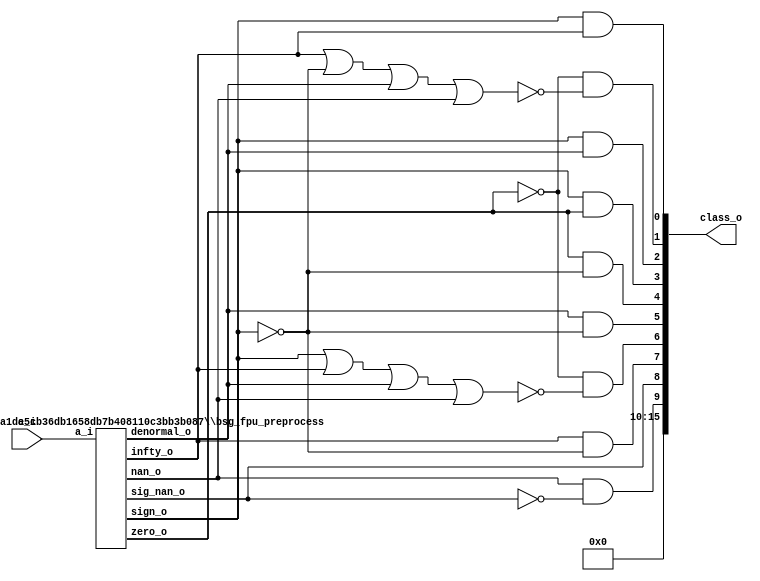
// This program was cloned from: https://github.com/chipsalliance/UHDM-integration-tests
// License: Apache License 2.0

/* Generated by Yosys 0.27+9 (git sha1 101d19bb6, gcc 11.2.0-7ubuntu2 -fPIC -Os) */


module \$paramod$05fcaba1de5cb36db1658db7b408110c3bb3b087\bsg_fpu_preprocess (a_i, zero_o, nan_o, sig_nan_o, infty_o, exp_zero_o, man_zero_o, denormal_o, sign_o, exp_o, man_o);
  wire _00_;
  wire _01_;
  wire _02_;
  wire _03_;
  wire _04_;
  wire _05_;
  wire _06_;
  wire _07_;
  wire _08_;
  wire _09_;
  wire _10_;
  wire _11_;
  wire _12_;
  wire _13_;
  wire _14_;
  wire _15_;
  wire _16_;
  
  input [15:0] a_i;
  wire [15:0] a_i;
  
  output denormal_o;
  wire denormal_o;
  
  output [4:0] exp_o;
  wire [4:0] exp_o;
  
  wire exp_zero;
  
  output exp_zero_o;
  wire exp_zero_o;
  
  output infty_o;
  wire infty_o;
  
  output [9:0] man_o;
  wire [9:0] man_o;
  
  output man_zero_o;
  wire man_zero_o;
  
  wire mantissa_zero;
  
  output nan_o;
  wire nan_o;
  
  output sig_nan_o;
  wire sig_nan_o;
  
  output sign_o;
  wire sign_o;
  
  output zero_o;
  wire zero_o;
  assign _00_ = ~(a_i[1] | a_i[0]);
  assign _01_ = a_i[3] | a_i[2];
  assign _02_ = _00_ & ~(_01_);
  assign _03_ = a_i[5] | a_i[4];
  assign _04_ = a_i[7] | a_i[6];
  assign _05_ = _04_ | _03_;
  assign _06_ = _02_ & ~(_05_);
  assign _07_ = a_i[9] | a_i[8];
  assign man_zero_o = _06_ & ~(_07_);
  assign _08_ = ~a_i[14];
  assign _09_ = a_i[11] | a_i[10];
  assign _10_ = a_i[13] | a_i[12];
  assign _11_ = _10_ | _09_;
  assign exp_zero_o = _08_ & ~(_11_);
  assign _12_ = ~exp_zero_o;
  assign zero_o = man_zero_o & ~(_12_);
  assign _13_ = ~(a_i[11] & a_i[10]);
  assign _14_ = ~(a_i[13] & a_i[12]);
  assign _15_ = _14_ | _13_;
  assign _16_ = _15_ | _08_;
  assign nan_o = ~(_16_ | man_zero_o);
  assign sig_nan_o = nan_o & ~(a_i[9]);
  assign infty_o = man_zero_o & ~(_16_);
  assign denormal_o = ~(_12_ | man_zero_o);
  assign exp_o = a_i[14:10];
  assign exp_zero = exp_zero_o;
  assign man_o = a_i[9:0];
  assign mantissa_zero = man_zero_o;
  assign sign_o = a_i[15];
endmodule

(* top =  1  *)

module bsg_fpu_classify(a_i, class_o);
  wire _00_;
  wire _01_;
  wire _02_;
  wire _03_;
  wire _04_;
  wire _05_;
  wire _06_;
  
  input [15:0] a_i;
  wire [15:0] a_i;
  
  output [15:0] class_o;
  wire [15:0] class_o;
  
  wire denormal;
  
  wire infty;
  
  wire nan;
  
  wire sig_nan;
  
  wire sign;
  
  wire zero;
  assign class_o[0] = sign & infty;
  assign _00_ = ~zero;
  assign _01_ = infty | ~(sign);
  assign _02_ = _01_ | denormal;
  assign _03_ = _02_ | nan;
  assign class_o[1] = _00_ & ~(_03_);
  assign class_o[2] = sign & denormal;
  assign class_o[3] = sign & zero;
  assign class_o[4] = zero & ~(sign);
  assign class_o[5] = denormal & ~(sign);
  assign _04_ = sign | infty;
  assign _05_ = _04_ | denormal;
  assign _06_ = _05_ | nan;
  assign class_o[6] = _00_ & ~(_06_);
  assign class_o[7] = infty & ~(sign);
  assign class_o[9] = nan & ~(sig_nan);
  (* module_not_derived = 32'd1 *)
  
  \$paramod$05fcaba1de5cb36db1658db7b408110c3bb3b087\bsg_fpu_preprocess  prep (
    .a_i(a_i),
    .denormal_o(denormal),
    .infty_o(infty),
    .nan_o(nan),
    .sig_nan_o(sig_nan),
    .sign_o(sign),
    .zero_o(zero)
  );
  assign { class_o[15:10], class_o[8] } = { 6'h00, sig_nan };
endmodule